Annual report of the Madras Medical College
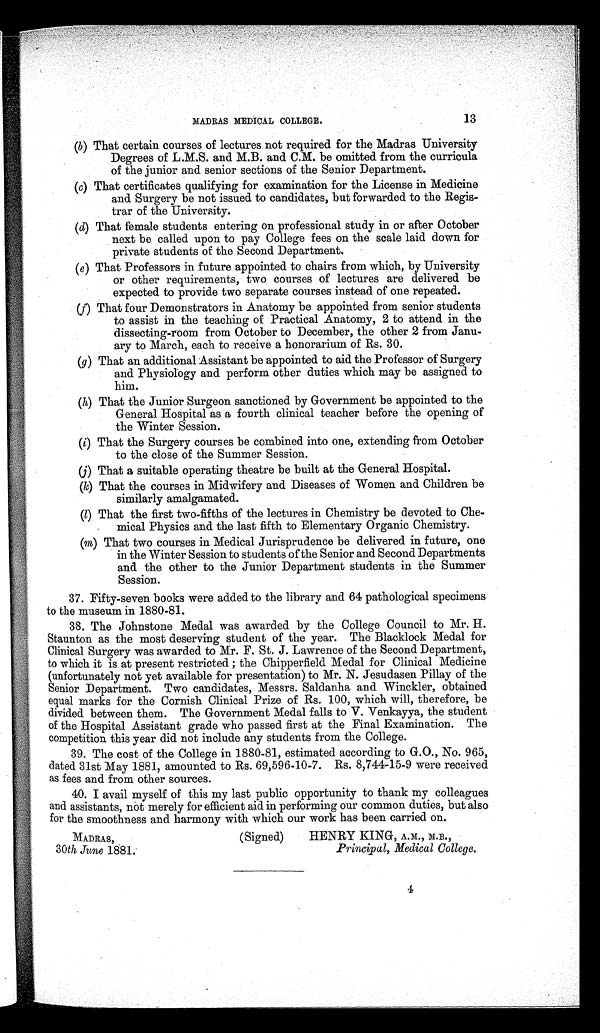
MADRAS MEDICAL COLLEGE.
13
(b) That certain courses of lectures not required for the Madras University
Degrees of L.M.S. and M.B. and C.M. be omitted from the curricula
of the junior and senior sections of the Senior Department.
(c) That certificates qualifying for examination for the License in Medicine
and Surgery be not issued to candidates, but forwarded to the Regis-
trar of the University.
(d) That female students entering on professional study in or after October
next be called upon to pay College fees on the scale laid down for
private students of the Second Department.
(e) That Professors in future appointed to chairs from which, by University
or other requirements, two courses of lectures are delivered be
expected to provide two separate courses instead of one repeated.
(f) That four Demonstrators in Anatomy be appointed from senior students
to assist in the teaching of Practical Anatomy, 2 to attend in the
dissecting-room from October to December, the other 2 from Janu-
ary to March, each to receive a honorarium of Rs. 30.
(g) That an additional Assistant be appointed to aid the Professor of Surgery
and Physiology and perform other duties which may be assigned to
him.
(h) That the Junior Surgeon sanctioned by Government be appointed to the
General Hospital as a fourth clinical teacher before the opening of
the Winter Session.
(i ) That the Surgery courses be combined into one, extending from October
to the close of the Summer Session.
(j) That a suitable operating theatre be built at the General Hospital.
(k) That the courses in Midwifery and Diseases of Women and Children be
similarly amalgamated.
(l) That the first two-fifths of the lectures in Chemistry be devoted to Che-
mical Physics and the last fifth to Elementary Organic Chemistry.
(m) That two courses in Medical Jurisprudence be delivered in future, one
in the Winter Session to students of the Senior and Second Departments
and the other to the Junior Department students in the Summer
Session.
37. Fifty-seven books were added to the library and 64 pathological specimens
to the museum in 1880-81.
38. The Johnstone Medal was awarded by the College Council to Mr. H.
Staunton as the most deserving student of the year. The Blacklock Medal for
Clinical Surgery was awarded to Mr. F. St. J. Lawrence of the Second Department,
to which it is at present restricted; the Chipperfield Medal for Clinical Medicine
(unfortunately not yet available for presentation) to Mr. N. Jesudasen Pillay of the
Senior Department. Two candidates, Messrs. Saldanha and Winckler, obtained
equal marks for the Cornish Clinical Prize of Rs. 100, which will, therefore, be
divided between them. The Government Medal falls to V. Venkayya, the student
of the Hospital Assistant grade who passed first at the Final Examination. The
competition this year did not include any students from the College.
39. The cost of the College in 1880-81, estimated according to G.O., No. 965,
dated 31st May 1881, amounted to Rs. 69,596-10-7. Rs. 8,744-15-9 were received
as fees and from other sources.
40. I avail myself of this my last public opportunity to thank my colleagues
and assistants, not merely for efficient aid in performing our common duties, but also
for the smoothness and harmony with which our work has been carried on.
MADRAS,
(Signed)
HENRY KING, A.M., M.B.,
30th June 1881.
Principal, Medical College.
4